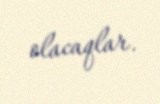
olacaqlar.